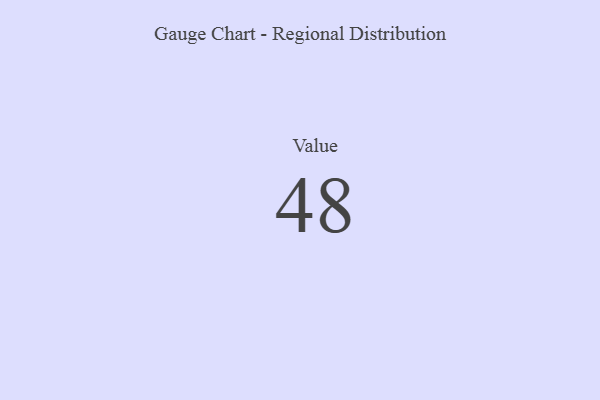
{"axis": {"x": "Metric", "y": "Value"}, "legend": [""], "data": [{"x": "Value", "y": 48, "type": ""}]}